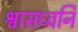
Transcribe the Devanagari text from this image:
श्वासध्वनि